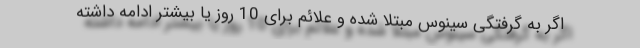
اگر به گرفتگی سینوس مبتلا شده و علائم برای 10 روز یا بیشتر ادامه داشته